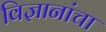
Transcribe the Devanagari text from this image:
विज्ञानांचा